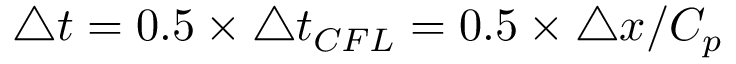
\triangle t = 0 . 5 × \triangle t _ { C F L } = 0 . 5 × \triangle x / C _ { p }